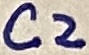
Text: C2